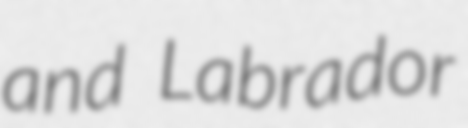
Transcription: and Labrador